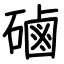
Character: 磠